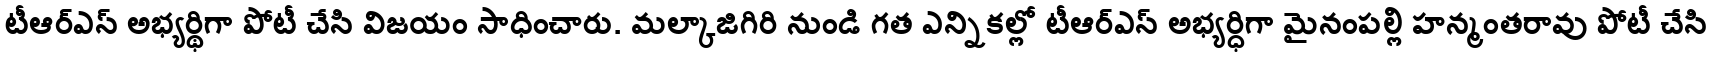
టీఆర్ఎస్ అభ్యర్థిగా పోటీ చేసి విజయం సాధించారు. మల్కాజిగిరి నుండి గత ఎన్నికల్లో టీఆర్ఎస్ అభ్యర్ధిగా మైనంపల్లి హన్మంతరావు పోటీ చేసి